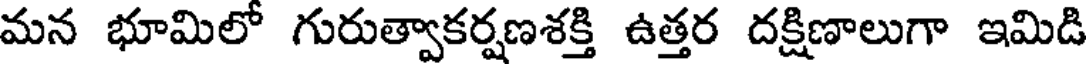
మన భూమిలో గురుత్వాకర్షణశక్తి ఉత్తర దక్షిణాలుగా ఇమిడి